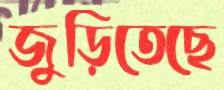
জুড়িতেছে